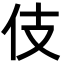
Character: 伎